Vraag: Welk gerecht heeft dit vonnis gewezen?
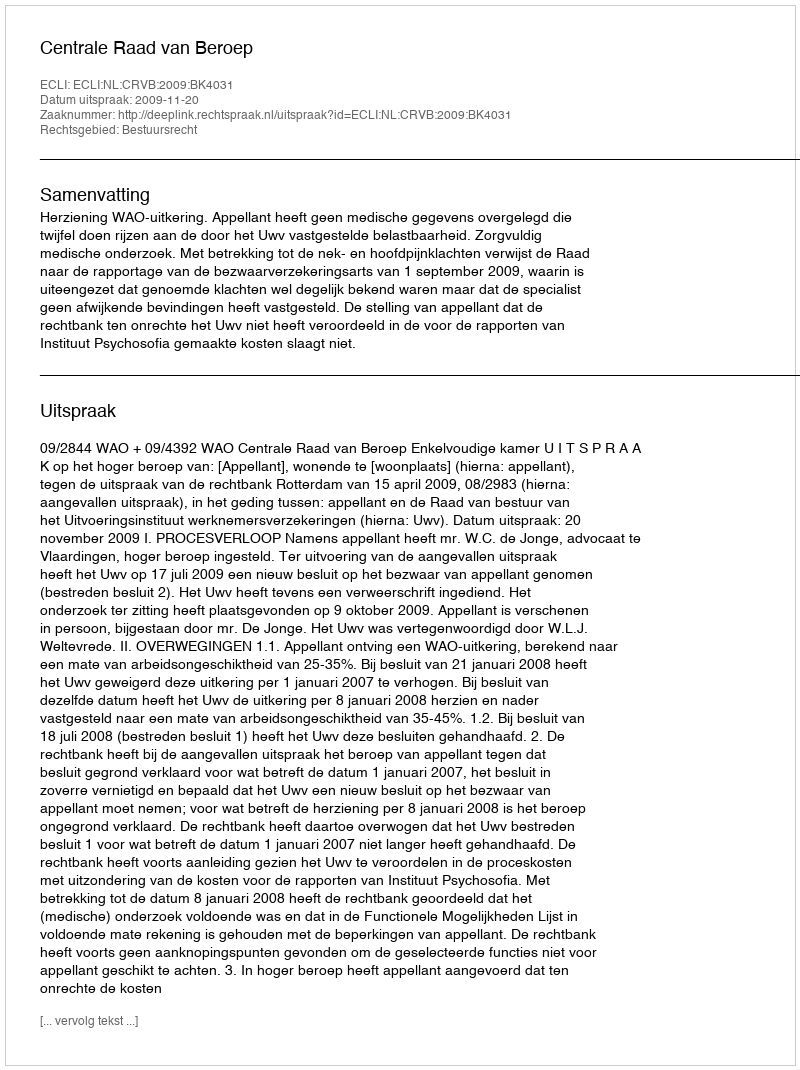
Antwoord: Centrale Raad van Beroep